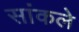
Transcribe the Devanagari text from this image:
सांकले